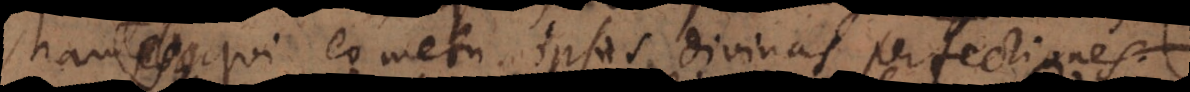
qui eo metu ipsas divinas perfection